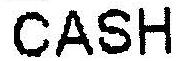
CASH